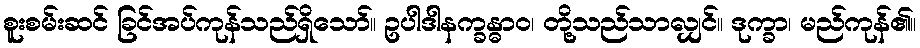
စူးစမ်းဆင် ခြင်အပ်ကုန်သည်ရှိသော်။ ဥပါဒါနက္ခန္ဓာဝ၊ တို့သည်သာလျှင်။ ဒုက္ခာ၊ မည်ကုန်၏။